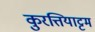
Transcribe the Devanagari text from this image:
कुरत्तियाट्टम